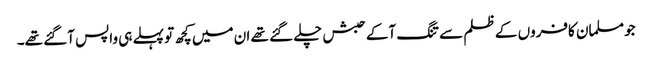
جو مسلمان کافروں کے ظلم سے تنگ آکے حبش چلے گئے تھے ان میں کچھ تو پہلے ہی واپس آگئے تھے۔